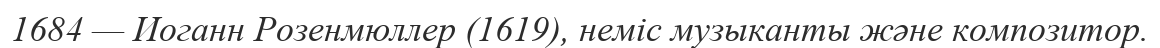
1684 — Иоганн Розенмюллер (1619), неміс музыканты және композитор.